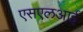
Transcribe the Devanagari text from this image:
एसएलआई